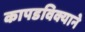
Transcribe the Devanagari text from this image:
कापडविक्याने